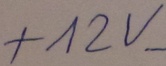
Text: +12V